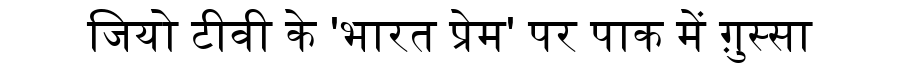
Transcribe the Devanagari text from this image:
जियो टीवी के 'भारत प्रेम' पर पाक में ग़ुस्सा